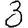
Digit: 3